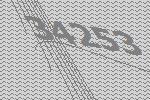
34253